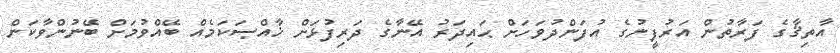
އާތިޤާގެ ފަރާތުން އަރުފީނުގެ އުފަންދުވަހަށް ޙައިދަރު އޭނާގެ ދަރިފުޅަށް ޚާއްޞަކަމެއް ބޭއްވުމަށް ބޭނުންވާކަން